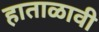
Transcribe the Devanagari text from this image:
हाताळावी